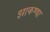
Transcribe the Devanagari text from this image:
झाकण्या